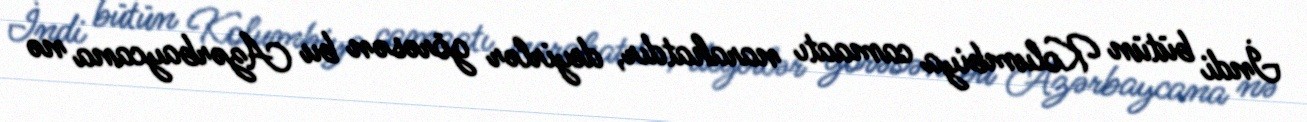
İndi bütün Kolumbiya camaatı narahatdır, deyirlər görəsən bu Azərbaycana nə